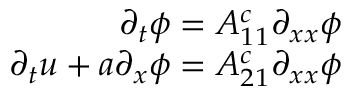
\begin{array} { r } { \partial _ { t } \phi = A _ { 1 1 } ^ { c } \partial _ { x x } \phi } \\ { \partial _ { t } u + a \partial _ { x } \phi = A _ { 2 1 } ^ { c } \partial _ { x x } \phi } \end{array}